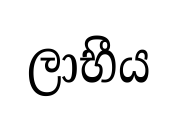
ලාභීය